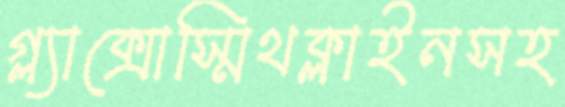
গ্ল্যাক্সোস্মিথক্লাইনসহ